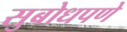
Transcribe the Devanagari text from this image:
सुबोधपणे